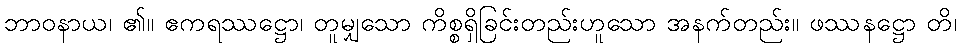
ဘာဝနာယ၊ ၏။ ဧကရဿဋ္ဌော၊ တူမျှသော ကိစ္စရှိခြင်းတည်းဟူသော အနက်တည်း။ ဖဿနဋ္ဌော တိ၊